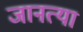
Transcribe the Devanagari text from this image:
जानत्या